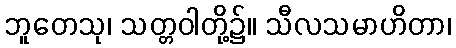
ဘူတေသု၊ သတ္တဝါတို့၌။ သီလသမာဟိတာ၊